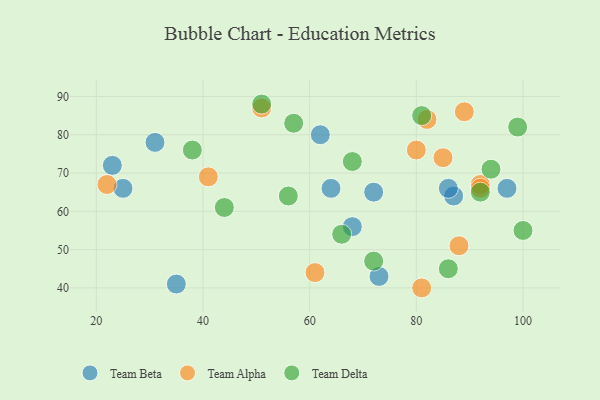
{"axis": {"x": "GDP", "y": "Life Expectancy"}, "legend": ["Team Alpha", "Team Beta", "Team Delta"], "data": [{"x": "31", "y": 78, "type": "Team Beta"}, {"x": "35", "y": 41, "type": "Team Beta"}, {"x": "72", "y": 65, "type": "Team Beta"}, {"x": "23", "y": 72, "type": "Team Beta"}, {"x": "62", "y": 80, "type": "Team Beta"}, {"x": "97", "y": 66, "type": "Team Beta"}, {"x": "25", "y": 66, "type": "Team Beta"}, {"x": "87", "y": 64, "type": "Team Beta"}, {"x": "68", "y": 56, "type": "Team Beta"}, {"x": "86", "y": 66, "type": "Team Beta"}, {"x": "73", "y": 43, "type": "Team Beta"}, {"x": "64", "y": 66, "type": "Team Beta"}, {"x": "92", "y": 67, "type": "Team Alpha"}, {"x": "61", "y": 44, "type": "Team Alpha"}, {"x": "22", "y": 67, "type": "Team Alpha"}, {"x": "92", "y": 66, "type": "Team Alpha"}, {"x": "41", "y": 69, "type": "Team Alpha"}, {"x": "81", "y": 40, "type": "Team Alpha"}, {"x": "51", "y": 87, "type": "Team Alpha"}, {"x": "82", "y": 84, "type": "Team Alpha"}, {"x": "89", "y": 86, "type": "Team Alpha"}, {"x": "85", "y": 74, "type": "Team Alpha"}, {"x": "88", "y": 51, "type": "Team Alpha"}, {"x": "80", "y": 76, "type": "Team Alpha"}, {"x": "66", "y": 54, "type": "Team Delta"}, {"x": "51", "y": 88, "type": "Team Delta"}, {"x": "100", "y": 55, "type": "Team Delta"}, {"x": "94", "y": 71, "type": "Team Delta"}, {"x": "57", "y": 83, "type": "Team Delta"}, {"x": "92", "y": 65, "type": "Team Delta"}, {"x": "68", "y": 73, "type": "Team Delta"}, {"x": "38", "y": 76, "type": "Team Delta"}, {"x": "99", "y": 82, "type": "Team Delta"}, {"x": "44", "y": 61, "type": "Team Delta"}, {"x": "72", "y": 47, "type": "Team Delta"}, {"x": "81", "y": 85, "type": "Team Delta"}, {"x": "56", "y": 64, "type": "Team Delta"}, {"x": "86", "y": 45, "type": "Team Delta"}]}